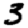
Digit: 3